Report by Surgeon-Captain Childe, I.M.S. - Part II
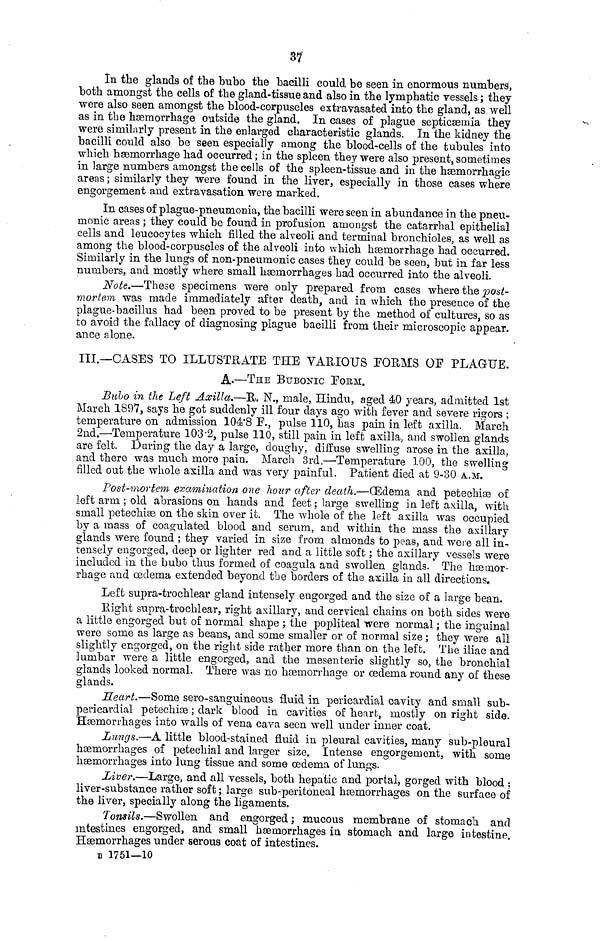
37
In the glands of the buho the bacilli could be seen in enormous numbers,
both amongst the cells of the gland-tissue and also in the lymphatic vessels ; they
were also seen amongst the blood-corpuscles extravasated into the gland, as well
as in the haemorrhage outside the gland. In cases of plague septicaemia they
were similarly present in the enlarged characteristic glands. In the kidney the
bacilli could also be seen especially among the blood-cells of the tubules into
which haemorrhage had occurred ; in the spleen they were also present, sometimes
in large numbers amongst the cells of the spleen-tissue and in the haemorrhagic
areas ; similarly they were found in the liver, especially in those cases where
endorsement and extravasation were marked.
In cases of plague-pneumonia, the bacilli were seen in abundance in the pneu-
monic areas ; they could be found in profusion amongst the catarrbal epithelial
cells and leucocytes which filled the alveoli and terminal bronchioles, as well as
among the blood-corpuscles of the alveoli into which haemorrhage had occurred.
Similarly in the lungs of non-pneumonic cases they could be seer», but in far less
numbers, and mostly where small haemorrhages had occurred into the alveoli.
Note.—These specimens were only prepared from cases where the post-
mortem was made immediately after death, and in which the presence of the
plague-bacillus had been proved to be present by the method of cultures, so as
to avoid the fallacy of diagnosing plague bacilli from their microscopic appear.
ance alone.
III.—CASES TO ILLUSTRATE THE VARIOUS FORMS OF PLAGUE.
A.—THE BUBONIC FORM.
Buho in the Left Axilla,—R. N., male, Hindu, aged 40 years, admitted 1st
March 1897, says he got suddenly ill four days ago with fever and severe rigors ;
temperature on admission 104.8 F., pulse 110, has pain in left axilla. March
2nd.—Temperature 103.2, pulse 110, still pain in left axilla, and swollen glands
are felt. During the day a large, doughy, diffuse swelling arose in the axilla,
and there was much more pain. March 3rd.—Temperature 100, the swelling
filled out the whole axilla and was very painful. Patient died at 9-30 A.M.
Post-mortem examination one hour after death.—(Edema and petechiae of
left arm ; old abrasions on hands and feet ; large swelling in left axilla, with
small petechiae on the skin over it. The whole of the left axilla was occupied
by a mass of coagulated blood and serum, and within the mass the axillary
glands were found ; they varied in size from almonds to peas, and were all in-
tensely engorged, deep or lighter red and a little soft ; the axillary vessels were
included in the bubo thus formed of coagula and swollen glands. The haemor-
rhage and oedema extended beyond the borders of the axilla in all directions.
Left supra-trochlear gland intensely engorged and the size of a large bean.
Right supra-trochlear, right axillary, and cervical chains on both sides were
a little engorged but of normal shape ; the popliteal were normal ; the inguinal
were some as large as beans, and some smaller or of normal size ; they were all
slightly engorged, on the right side rather more than on the left. The iliac and
lumbar were a little engorged, and the mesenteric slightly so, the bronchial
glands looked normal. There was no haemorrhage or oedema round any of these
glands.
Heart.—Some sero-sanguineous fluid in pericardial cavity and small sub-
pericardial petechiae ; dark blood in cavities of heart, mostly on right side.
Haemorrhages into walls of vena cava seen well under inner coat.
Lungs.—A little blood-stained fluid in pleural cavities, many sub-pleural
haemorrhages of petechial and larger size. Intense engorgement, with some
haemorrhages into lung tissue and some oedema of lungs.
Liver.—Large, and all vessels, both hepatic and portal, gorged with blood ;
liver-substance rather soft; large sub-peritoneal haemorrhages on the surface of
the liver, specially along the ligaments.
Tonsils.—Swollen and engorged ; mucous membrane of stomach and
intestines engorged, and small haemorrhages in stomach and large intestine.
Haemorrhages under serous coat of intestines.
B 1751—10